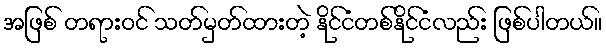
အဖြစ် တရားဝင် သတ်မှတ်ထားတဲ့ နိုင်ငံတစ်နိုင်ငံလည်း ဖြစ်ပါတယ်။